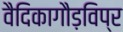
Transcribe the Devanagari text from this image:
वैदिकागौड़विप्र